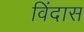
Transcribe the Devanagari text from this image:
विंदास